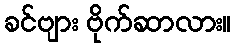
ခင်ဗျား ဗိုက်ဆာလား။